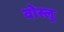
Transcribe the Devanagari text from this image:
वोस्लु